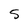
Character: S